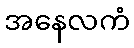
အနေလကံ